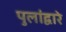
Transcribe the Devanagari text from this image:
पुलांद्वारे